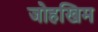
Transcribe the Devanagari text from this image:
जोहखिम